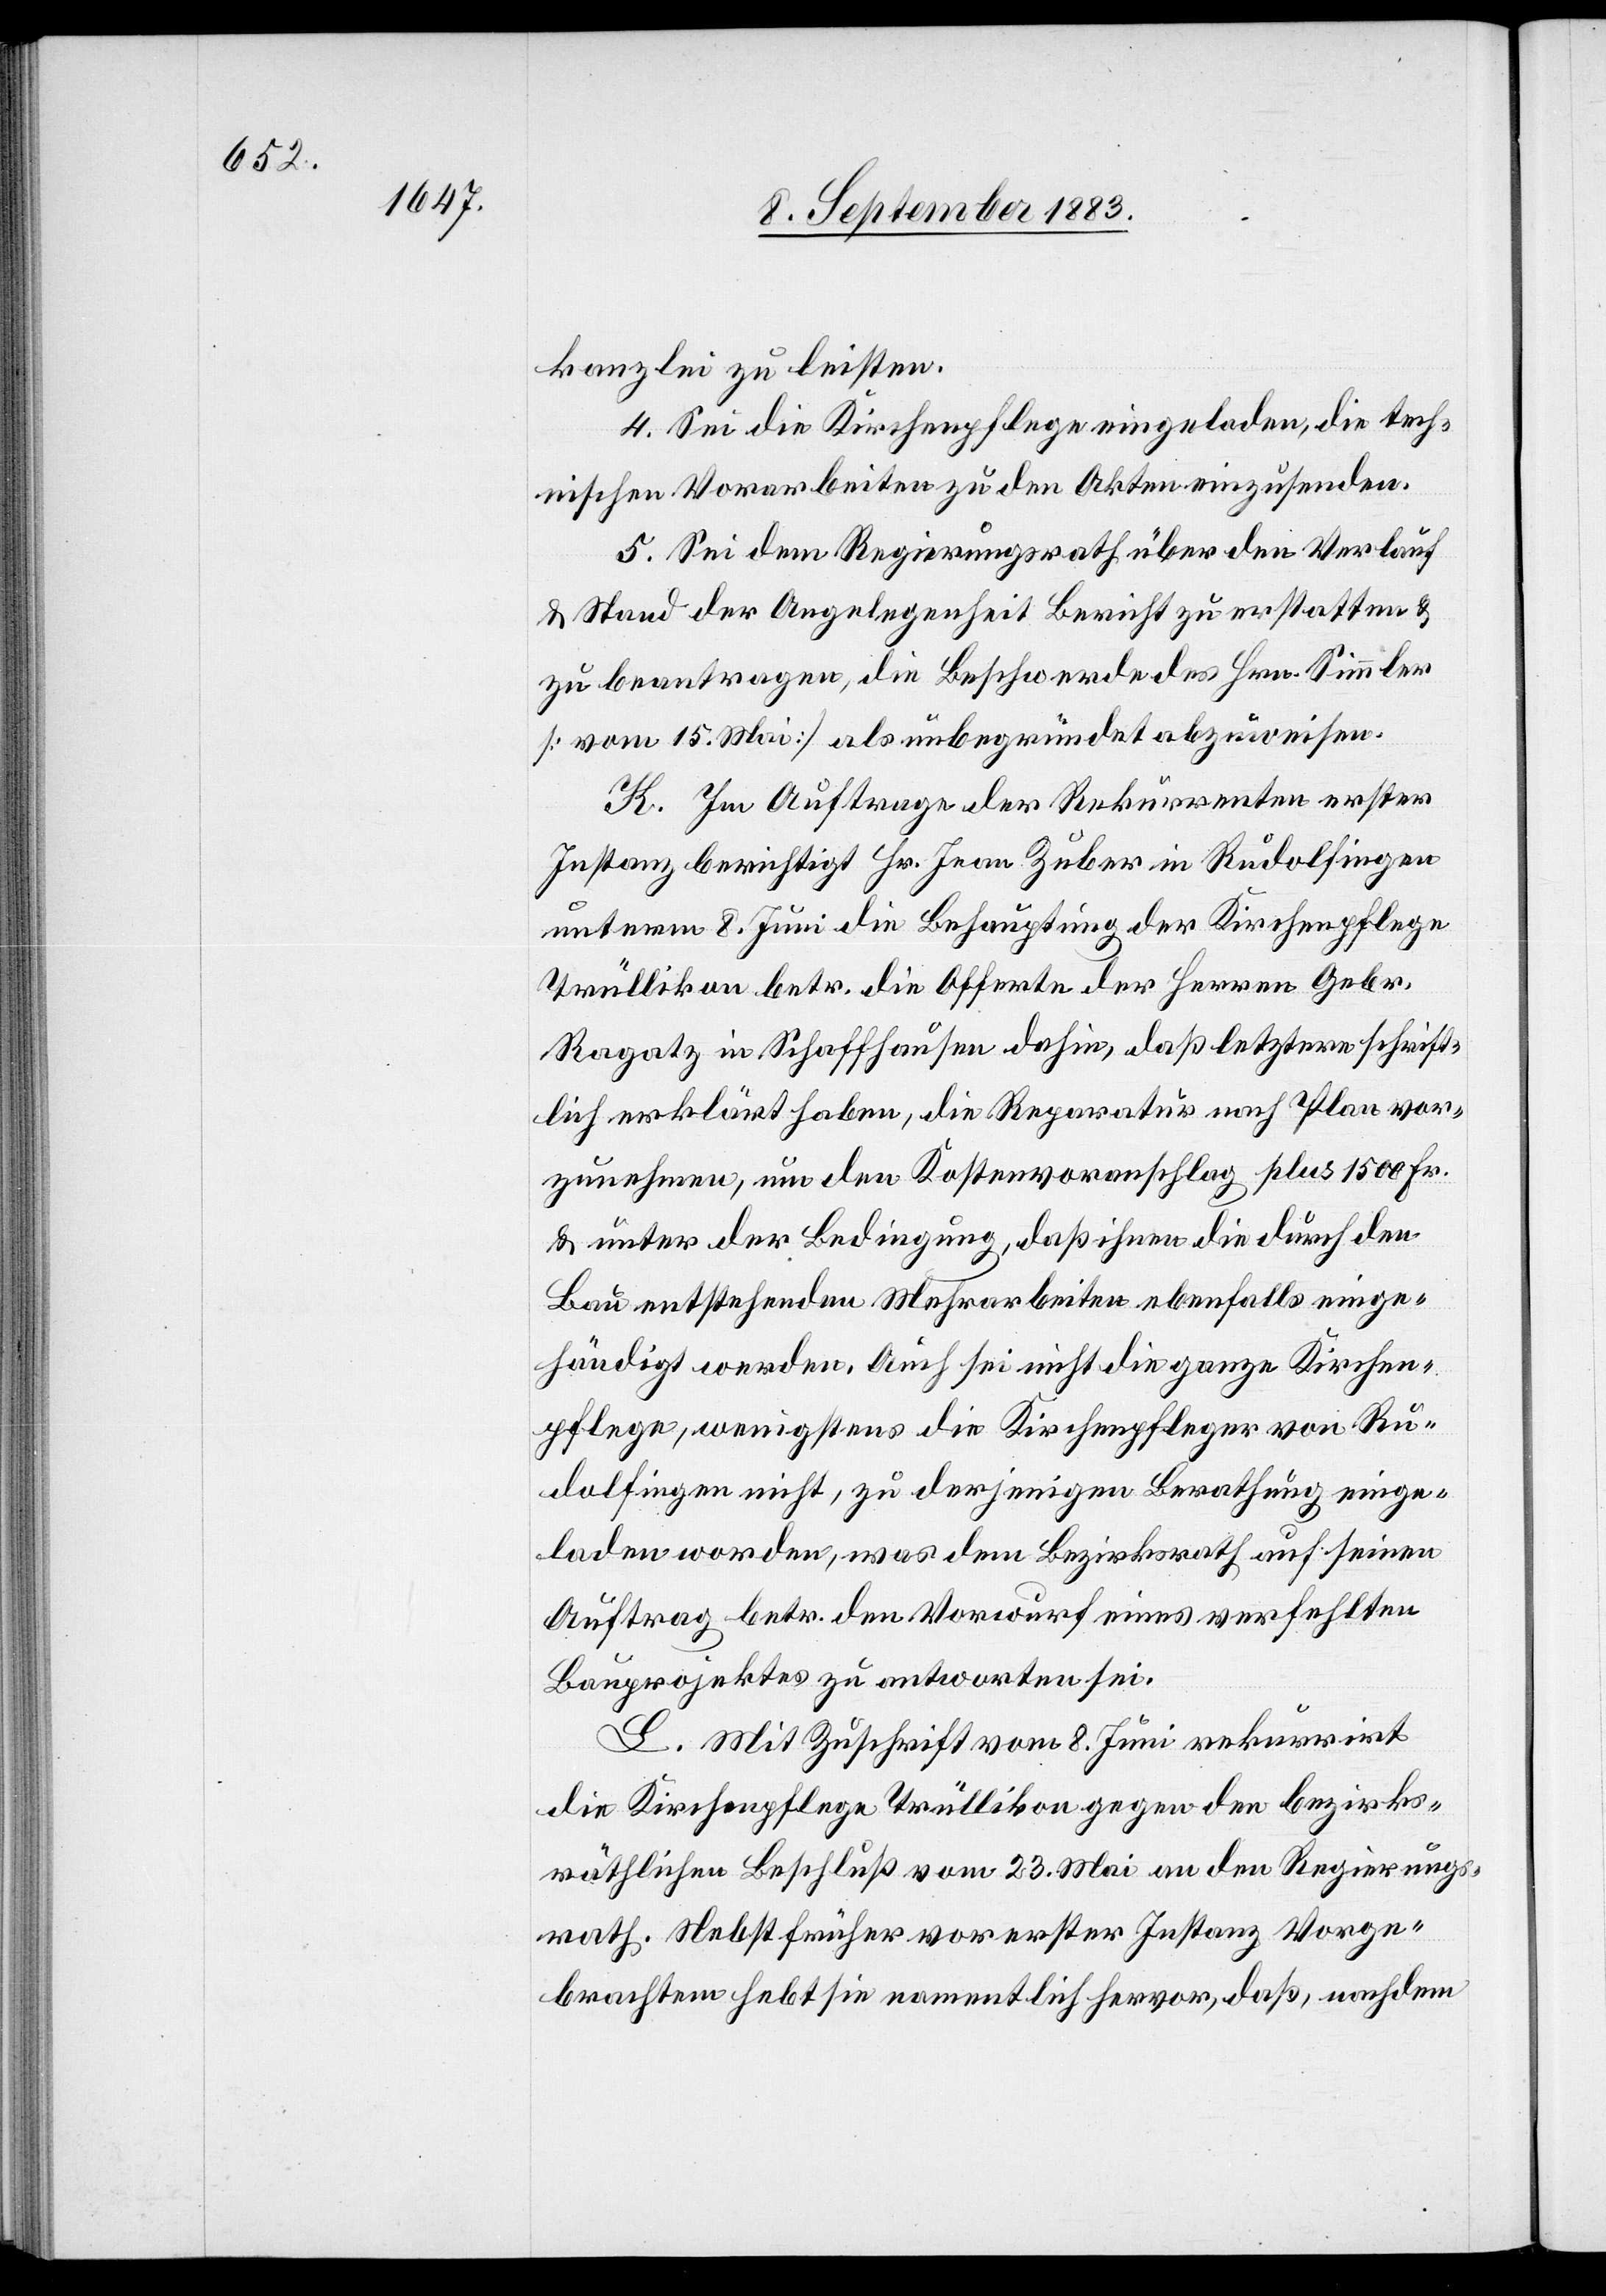
kanzlei zu leisten.
4. Sei die Kirchenpflege eingeladen, die tech¬
nischen Vorarbeiten zu den Akten einzusenden.
5. Sei dem Regierungsrath über den Verlauf
& Stand der Angelegenheit Bericht zu erstatten &
zu beantragen, die Beschwerde des Hrn. Simmler
[vom 15. Mai] als unbegründet abzuweisen.
K. Im Auftrage der Rekurrenten erster
Instanz berichtigt Hr. Jean Zuber in Rudolfingen
unterm 8. Juni die Behauptung der Kirchenpflege
Trüllikon betr. die Offerte der Herren Gebr.
Ragatz in Schaffhausen dahin, daß letztere schrift¬
lich erklärt habe, die Reparatur nach Plan vor¬
zunehmen, um den Kostenvoranschlag plus 1500 Fr.
& unter der Bedingung, daß ihnen die durch den
Bau entstehenden Mehrarbeiten ebenfalls einge¬
händigt werden. Auch sei nicht die ganze Kirchen¬
pflege, wenigstens die Kirchenpfleger von Ru¬
dolfingen nicht, zu derjenigen Berathung einge¬
laden worden, was dem Bezirksrath auf seinen
Auftrag betr. den Vorwurf eines verfehlten
Bauprojektes zu antworten sei.
L. Mit Zuschrift vom 8. Juni rekurrirt
die Kirchenpflege Trüllikon gegen den bezirks¬
räthlichen Beschluß vom 23. Mai an den Regierungs¬
rath. Nebst früher vor erster Instanz Vorge¬
brachtem hebt sie namentlich hervor, daß, nachdem